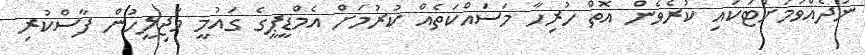
ނުދެއްވުމަށްޓަކައި ކުރެވެން އޮތް ހުރިހާ މަސައްކަތެއް ކުރުމަށް އެމްޑީޕީގެ ގައުމީ މަޖިލީހުން ފާސްކުރި